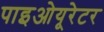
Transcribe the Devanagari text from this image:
पाइओयूरेटर